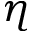
\eta